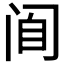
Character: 𰿮